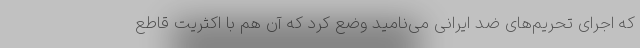
که اجرای تحریم‌های ضد ایرانی می‌نامید وضع کرد که آن هم با اکثریت قاطع